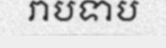
រាបទាប